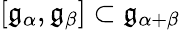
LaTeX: [{\mathfrak{g}}_{\alpha},{\mathfrak{g}}_{\beta}]\subset{\mathfrak{g}}_{\alpha+\beta}